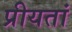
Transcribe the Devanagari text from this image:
प्रीयतां